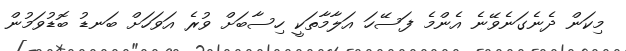
މިކަން ދެނެގަނެވޭނެ އެންމެ ފަސޭހަ އަލާމާތަކީ ހިސާބަށް ވުރެ އަވަހަށް ބަނޑު ބޮޑުވަމުން